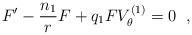
LaTeX: \begin{align*} F'-\frac{n_{1}}{r}F+q_{1}FV^{(1)}_{\theta}=0 \;\;,\end{align*}